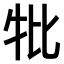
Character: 𤘥